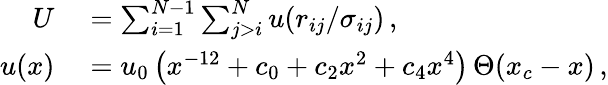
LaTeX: \begin{array}{rl}{U}&{{}=\sum_{i=1}^{N-1}\sum_{j>i}^{N}u(r_{ij}/\sigma_{ij})\, ,}\\ {u(x)}&{{}=u_{0}\left(x^{-12}+c_{0}+c_{2}x^{2}+c_{4}x^{4}\right)\, \Theta(x_{c}-x)\, ,}\end{array}